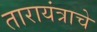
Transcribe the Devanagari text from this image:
तारायंत्राचे